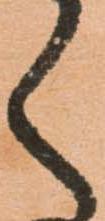
く